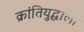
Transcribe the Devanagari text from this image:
क्रांतियुद्धाला